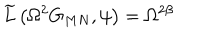
LaTeX: \widetilde { L } \left( \Omega ^ { 2 } G _ { M N } , \psi \right) = \Omega ^ { 2 \beta }